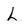
Character: L